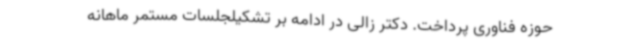
حوزه فناوری پرداخت. دکتر زالی در ادامه بر تشکیلجلسات مستمر ماهانه